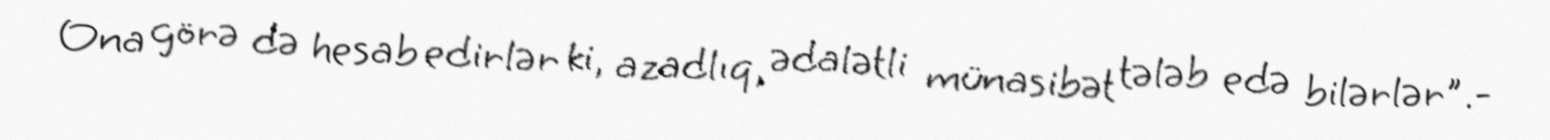
Ona görə də hesab edirlər ki, azadlıq, ədalətli münasibət tələb edə bilərlər".-